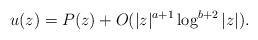
LaTeX: \begin{align*} u(z)=P(z)+O(|z|^{a+1}\log^{b+2}|z|). \end{align*}